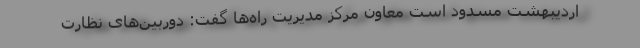
اردیبهشت مسدود است معاون مرکز مدیریت راه‌ها گفت: دوربین‌‌های نظارت